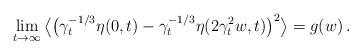
LaTeX: \begin{align*}\lim_{t \to \infty}\big\langle \big( \gamma_t^{-1/3}\eta(0,t) - \gamma_t^{-1/3}\eta(2\gamma_t^2w,t)\big)^2\big\rangle = g(w)\,.\end{align*}